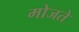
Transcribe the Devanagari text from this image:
मोजते